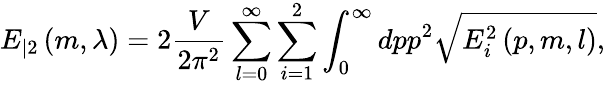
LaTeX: E_{|2}\left(m,\lambda\right)=2\frac V{2\pi^{2}}\sum_{l=0}^{\infty}\sum_{i=1}^{2}\int_{0}^{\infty}dpp^{2}\sqrt{E_{i}^{2}\left(p,m,l\right)},